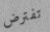
تفترض